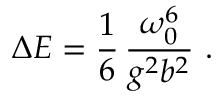
\Delta E = \frac { 1 } { 6 } \, \frac { \omega _ { 0 } ^ { 6 } } { g ^ { 2 } b ^ { 2 } } \ .